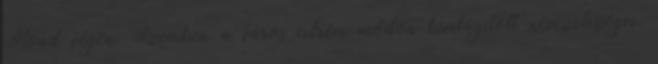
Road végén. Szemben a város extrém módon kivilágított nevezetességei,